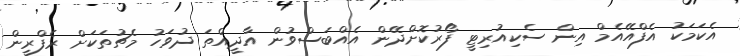
އެކަމަކު އެފްއޭއެމް އިން ސެކިއުރިޓީ ފޯރުކޮށްދޭން އެއްބަސްވުން އާދީއްތަ ދުވަހު މެޗުތަކަށް ރެފްރީން